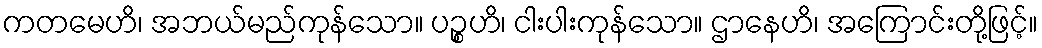
ကတမေဟိ၊ အဘယ်မည်ကုန်သော။ ပဉ္စဟိ၊ ငါးပါးကုန်သော။ ဌာနေဟိ၊ အကြောင်းတို့ဖြင့်။